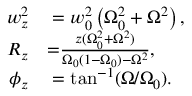
\begin{array} { r l } { w _ { z } ^ { 2 } } & { { } = w _ { 0 } ^ { 2 } \left( \Omega _ { 0 } ^ { 2 } + \Omega ^ { 2 } \right) , } \\ { { R _ { z } } } & { { } { = } \frac { z ( \Omega _ { 0 } ^ { 2 } + \Omega ^ { 2 } ) } { \Omega _ { 0 } ( 1 - \Omega _ { 0 } ) - \Omega ^ { 2 } } , } \\ { \phi _ { z } } & { { } = \tan ^ { - 1 } ( \Omega / \Omega _ { 0 } ) . } \end{array}